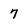
Character: 7